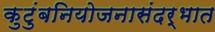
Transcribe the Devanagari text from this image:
कुटुंबनियोजनासंदर्भात